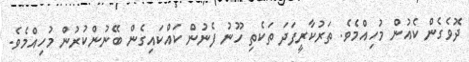
ދޮވެގެން ކެއުން މުހިއްމެވެ. ތަރުކާރީފަދަ ތަކެތި ހޫނު ފެނުން ކައްކައިގެން ބޭނުންކުރުން މުހިއްމެވެ.